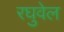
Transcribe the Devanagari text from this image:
रघुवेल